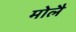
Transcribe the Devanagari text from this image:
मोलै